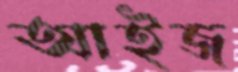
আইজ